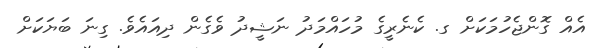
އެއް ގޮންޖެހުމަކަށް ގ. ކެނެރީގެ މުހައްމަދު ނަޝީދު ވެގެން ދިއައެވެ. ގިނަ ބަޔަކަށް